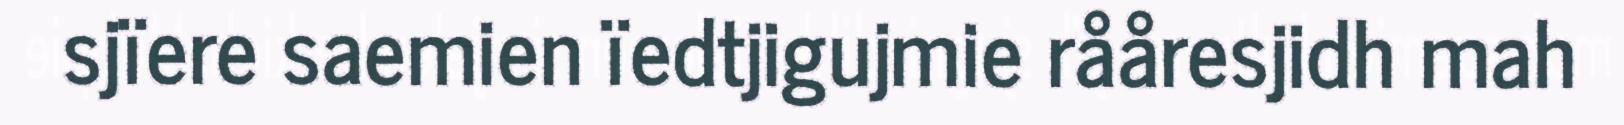
sjïere saemien ïedtjigujmie rååresjidh mah